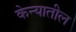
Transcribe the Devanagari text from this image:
केन्यातील